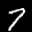
Label: 7